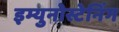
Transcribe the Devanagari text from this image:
इम्युनोस्टेनिंग